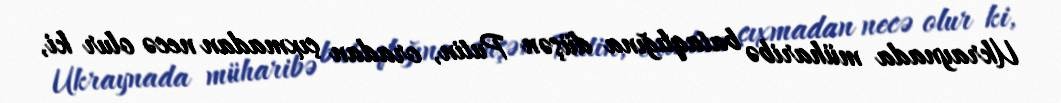
Ukraynada müharibə bataqlığına düşən Putin, oradan çıxmadan necə olur ki,